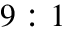
9 : 1